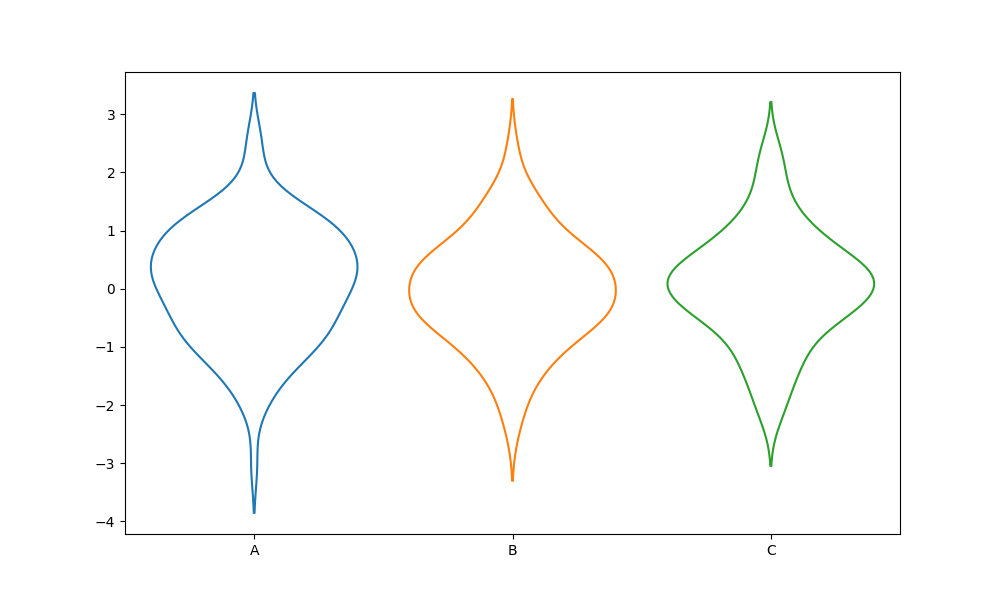
python, seaborn, violinplot, scale='area', split='False', inner='None', fill='False'